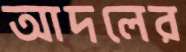
আদলের